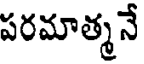
పరమాత్మనే